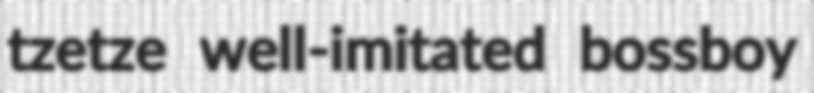
tzetze well-imitated bossboy